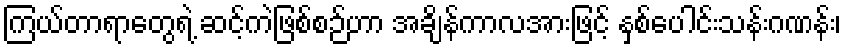
ကြယ်တာရာတွေရဲ့ ဆင့်ကဲဖြစ်စဉ်ဟာ အချိန်ကာလအားဖြင့် နှစ်ပေါင်းသန်းဂဏန်း၊